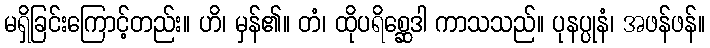
မရှိခြင်းကြောင့်တည်း။ ဟိ၊ မှန်၏။ တံ၊ ထိုပရိစ္ဆေဒါ ကာသသည်။ ပုနပ္ပုနံ၊ အဖန်ဖန်။